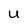
Character: U